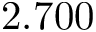
2 . 7 0 0